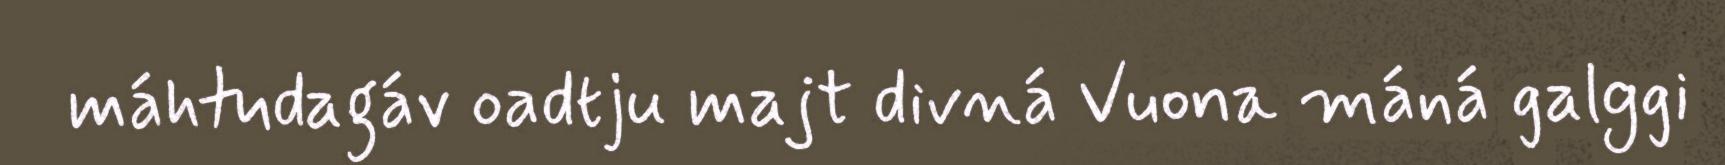
máhtudagáv oadtju majt divná Vuona máná galggi